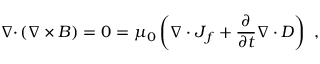
{ \boldsymbol { \nabla \cdot } } \left( { \boldsymbol { \nabla \times B } } \right) = 0 = \mu _ { 0 } \left( \nabla \cdot { \boldsymbol { J } } _ { f } + { \frac { \partial } { \partial t } } { \boldsymbol { \nabla \cdot D } } \right) \ ,